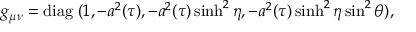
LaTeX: g _ { \mu \nu } = \mathrm { d i a g } \; ( 1 , - { a ^ { 2 } ( \tau ) } , - { a ^ { 2 } ( \tau ) } \sinh ^ { 2 } \eta , - { a ^ { 2 } ( \tau ) } \sinh ^ { 2 } \eta \sin ^ { 2 } \theta ) ,